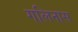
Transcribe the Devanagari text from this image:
गलिनास